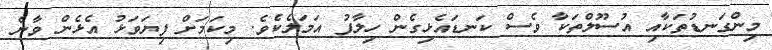
މިންގަނޑުތަކާއި އުސޫލްތަކާ ވެސް ކަނޑައެޅިގެން ހިލާފު އަމަލެކެވެ. މިކަމަށް ފިޔަވަޅު އެޅެން ވާނެ